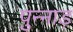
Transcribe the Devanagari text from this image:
पुन्नाड़